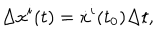
LaTeX: \Delta x ^ { i } ( t ) = \dot { x } ^ { i } ( t _ { 0 } ) \Delta t ,